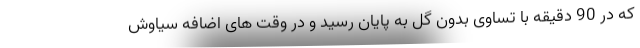
که در 90 دقیقه با تساوی بدون گل به پایان رسید و در وقت های اضافه سیاوش